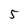
Character: 5